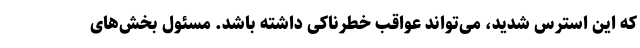
که این استرس شدید، می‌تواند عواقب خطرناکی داشته باشد. مسئول بخش‌های